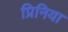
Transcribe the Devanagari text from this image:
प्रिनिया